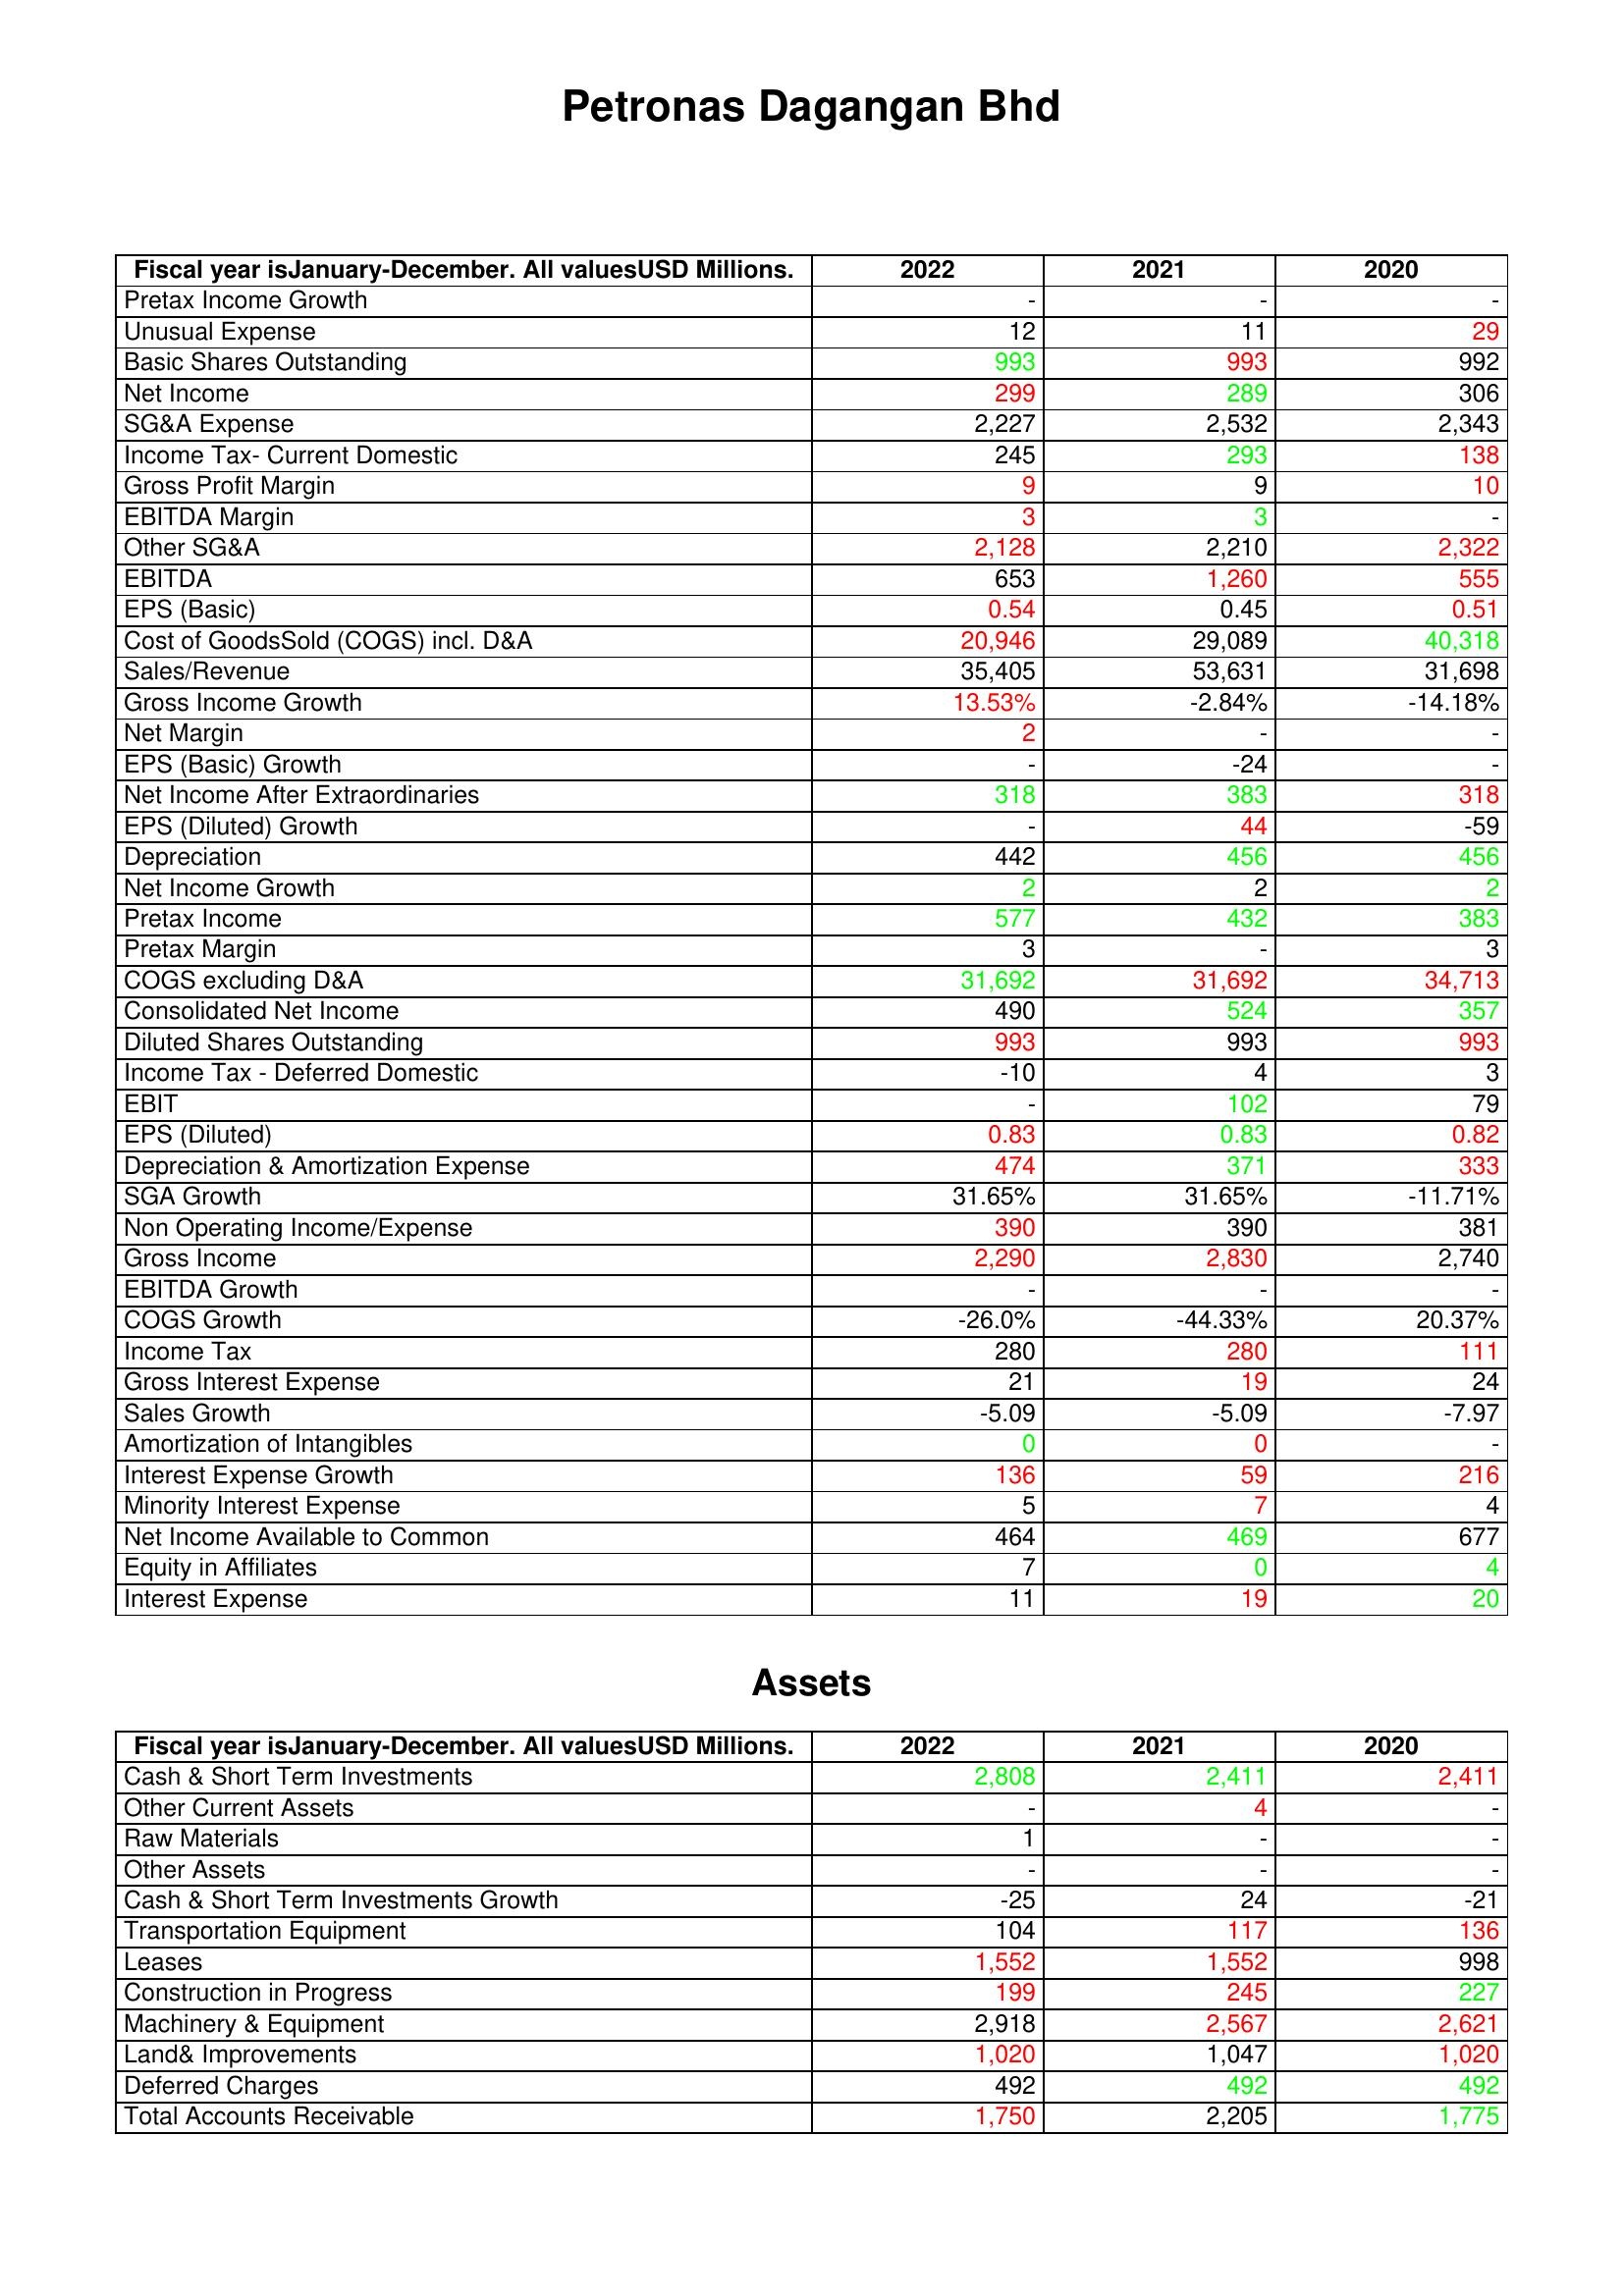
gt_parse: 2022: : Pretax Income Growth: -
Unusual Expense: 12
Basic Shares Outstanding: 993
Net Income: 299
SG&A Expense: 2,227
Income Tax- Current Domestic: 245
Gross Profit Margin: 9
EBITDA Margin: 3
Other SG&A: 2,128
EBITDA: 653
EPS (Basic): 0.54
Cost of GoodsSold (COGS) incl. D&A: 20,946
Sales/Revenue: 35,405
Gross Income Growth: 13.53%
Net Margin: 2
EPS (Basic) Growth: -
Net Income After Extraordinaries: 318
EPS (Diluted) Growth: -
Depreciation: 442
Net Income Growth: 2
Pretax Income: 577
Pretax Margin: 3
COGS excluding D&A: 31,692
Consolidated Net Income: 490
Diluted Shares Outstanding: 993
Income Tax - Deferred Domestic: -10
EBIT: -
EPS (Diluted): 0.83
Depreciation & Amortization Expense: 474
SGA Growth: 31.65%
Non Operating Income/Expense: 390
Gross Income: 2,290
EBITDA Growth: -
COGS Growth: -26.0%
Income Tax: 280
Gross Interest Expense: 21
Sales Growth: -5.09
Amortization of Intangibles: 0
Interest Expense Growth: 136
Minority Interest Expense: 5
Net Income Available to Common: 464
Equity in Affiliates: 7
Interest Expense: 11
Assets: Cash & Short Term Investments: 2,808
Other Current Assets: -
Raw Materials: 1
Other Assets: -
Cash & Short Term Investments Growth: -25
Transportation Equipment: 104
Leases: 1,552
Construction in Progress: 199
Machinery & Equipment: 2,918
Land& Improvements: 1,020
Deferred Charges: 492
Total Accounts Receivable: 1,750
2021: : Pretax Income Growth: -
Unusual Expense: 11
Basic Shares Outstanding: 993
Net Income: 289
SG&A Expense: 2,532
Income Tax- Current Domestic: 293
Gross Profit Margin: 9
EBITDA Margin: 3
Other SG&A: 2,210
EBITDA: 1,260
EPS (Basic): 0.45
Cost of GoodsSold (COGS) incl. D&A: 29,089
Sales/Revenue: 53,631
Gross Income Growth: -2.84%
Net Margin: -
EPS (Basic) Growth: -24
Net Income After Extraordinaries: 383
EPS (Diluted) Growth: 44
Depreciation: 456
Net Income Growth: 2
Pretax Income: 432
Pretax Margin: -
COGS excluding D&A: 31,692
Consolidated Net Income: 524
Diluted Shares Outstanding: 993
Income Tax - Deferred Domestic: 4
EBIT: 102
EPS (Diluted): 0.83
Depreciation & Amortization Expense: 371
SGA Growth: 31.65%
Non Operating Income/Expense: 390
Gross Income: 2,830
EBITDA Growth: -
COGS Growth: -44.33%
Income Tax: 280
Gross Interest Expense: 19
Sales Growth: -5.09
Amortization of Intangibles: 0
Interest Expense Growth: 59
Minority Interest Expense: 7
Net Income Available to Common: 469
Equity in Affiliates: 0
Interest Expense: 19
Assets: Cash & Short Term Investments: 2,411
Other Current Assets: 4
Raw Materials: -
Other Assets: -
Cash & Short Term Investments Growth: 24
Transportation Equipment: 117
Leases: 1,552
Construction in Progress: 245
Machinery & Equipment: 2,567
Land& Improvements: 1,047
Deferred Charges: 492
Total Accounts Receivable: 2,205
2020: : Pretax Income Growth: -
Unusual Expense: 29
Basic Shares Outstanding: 992
Net Income: 306
SG&A Expense: 2,343
Income Tax- Current Domestic: 138
Gross Profit Margin: 10
EBITDA Margin: -
Other SG&A: 2,322
EBITDA: 555
EPS (Basic): 0.51
Cost of GoodsSold (COGS) incl. D&A: 40,318
Sales/Revenue: 31,698
Gross Income Growth: -14.18%
Net Margin: -
EPS (Basic) Growth: -
Net Income After Extraordinaries: 318
EPS (Diluted) Growth: -59
Depreciation: 456
Net Income Growth: 2
Pretax Income: 383
Pretax Margin: 3
COGS excluding D&A: 34,713
Consolidated Net Income: 357
Diluted Shares Outstanding: 993
Income Tax - Deferred Domestic: 3
EBIT: 79
EPS (Diluted): 0.82
Depreciation & Amortization Expense: 333
SGA Growth: -11.71%
Non Operating Income/Expense: 381
Gross Income: 2,740
EBITDA Growth: -
COGS Growth: 20.37%
Income Tax: 111
Gross Interest Expense: 24
Sales Growth: -7.97
Amortization of Intangibles: -
Interest Expense Growth: 216
Minority Interest Expense: 4
Net Income Available to Common: 677
Equity in Affiliates: 4
Interest Expense: 20
Assets: Cash & Short Term Investments: 2,411
Other Current Assets: -
Raw Materials: -
Other Assets: -
Cash & Short Term Investments Growth: -21
Transportation Equipment: 136
Leases: 998
Construction in Progress: 227
Machinery & Equipment: 2,621
Land& Improvements: 1,020
Deferred Charges: 492
Total Accounts Receivable: 1,775